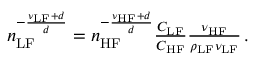
\begin{array} { r } { n _ { \mathrm { L F } } ^ { - \frac { \nu _ { \mathrm { L F } } + d } { d } } = n _ { \mathrm { H F } } ^ { - \frac { \nu _ { \mathrm { H F } } + d } { d } } \frac { C _ { \mathrm { L F } } } { C _ { \mathrm { H F } } } \frac { \nu _ { \mathrm { H F } } } { \rho _ { \mathrm { L F } } \nu _ { \mathrm { L F } } } \, . } \end{array}